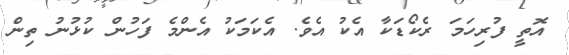
އޮތީ ފުރިހަމަ ރެކޯޑަކާ އެކު އެވެ. އެކަމަކު އެންމެ ފަހުން ކުޅުނު ތިން